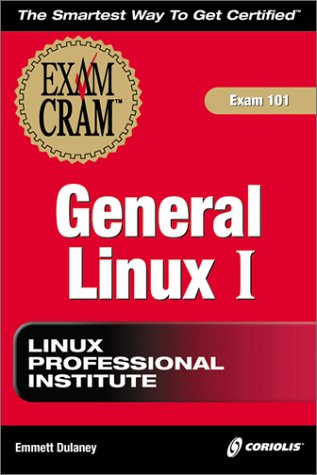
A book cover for LPI General Linux I Exam Cram (Exam: 101); Emmett A. Dulaney; Computers & Technology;